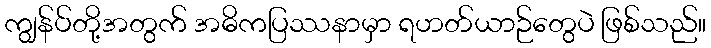
ကျွန်ပ်တို့အတွက် အဓိကပြဿနာမှာ ရဟတ်ယာဉ်တွေပဲ ဖြစ်သည်။